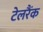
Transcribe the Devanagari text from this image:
टेलरैंक